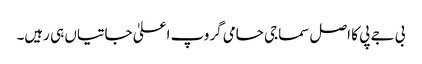
بی جے پی کا اصل سماجی حامی گروپ اعلیٰ جاتیاں ہی رہیں۔